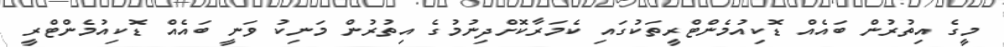
މީގެ އިތުރުން ބައެއް ޑޮކިއުމެންޓްރީތަކުގައި ކެމަރާކޮށްދިނުމުގެ އިތުރުން މަނިކު ވަނީ ބައެއް ޑޮކިއުމެންޓްރީ